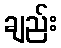
ချည်း